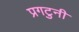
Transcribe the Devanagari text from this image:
प्रगटुनी